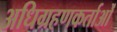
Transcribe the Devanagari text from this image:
अधिग्रहणकर्ताओं